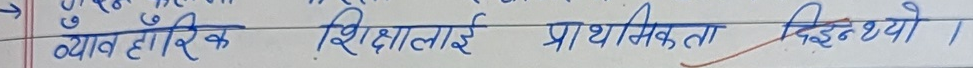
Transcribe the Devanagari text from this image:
व्यावहारिक शिक्षालाई प्राथमिकता दिइनथ्यो ।